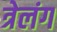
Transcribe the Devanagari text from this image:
त्रेलंग